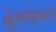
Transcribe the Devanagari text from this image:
फ़्रेंचाइज़रों